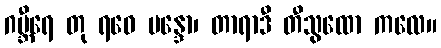
ဂမ္ဘီရေ တု ရဝေ မန္ဒော၊ တာရာဒီ တီသွထော ကလေ။